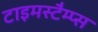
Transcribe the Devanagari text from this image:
टाइमस्टैम्प्स